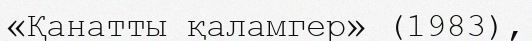
«Қанатты қаламгер» (1983),